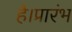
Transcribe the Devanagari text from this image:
है।प्रारंभ